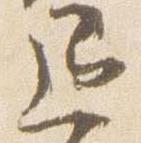
退